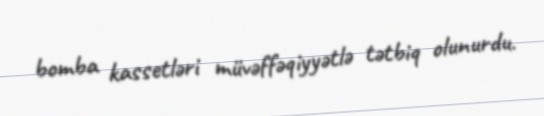
bomba kassetləri müvəffəqiyyətlə tətbiq olunurdu.